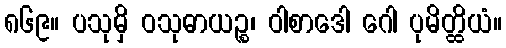
၈၆၉။ ပသုမှိ ဝသုဓာယဉ္စ၊ ဝါစာဒေါ ဂေါ ပုမိတ္ထိယံ။